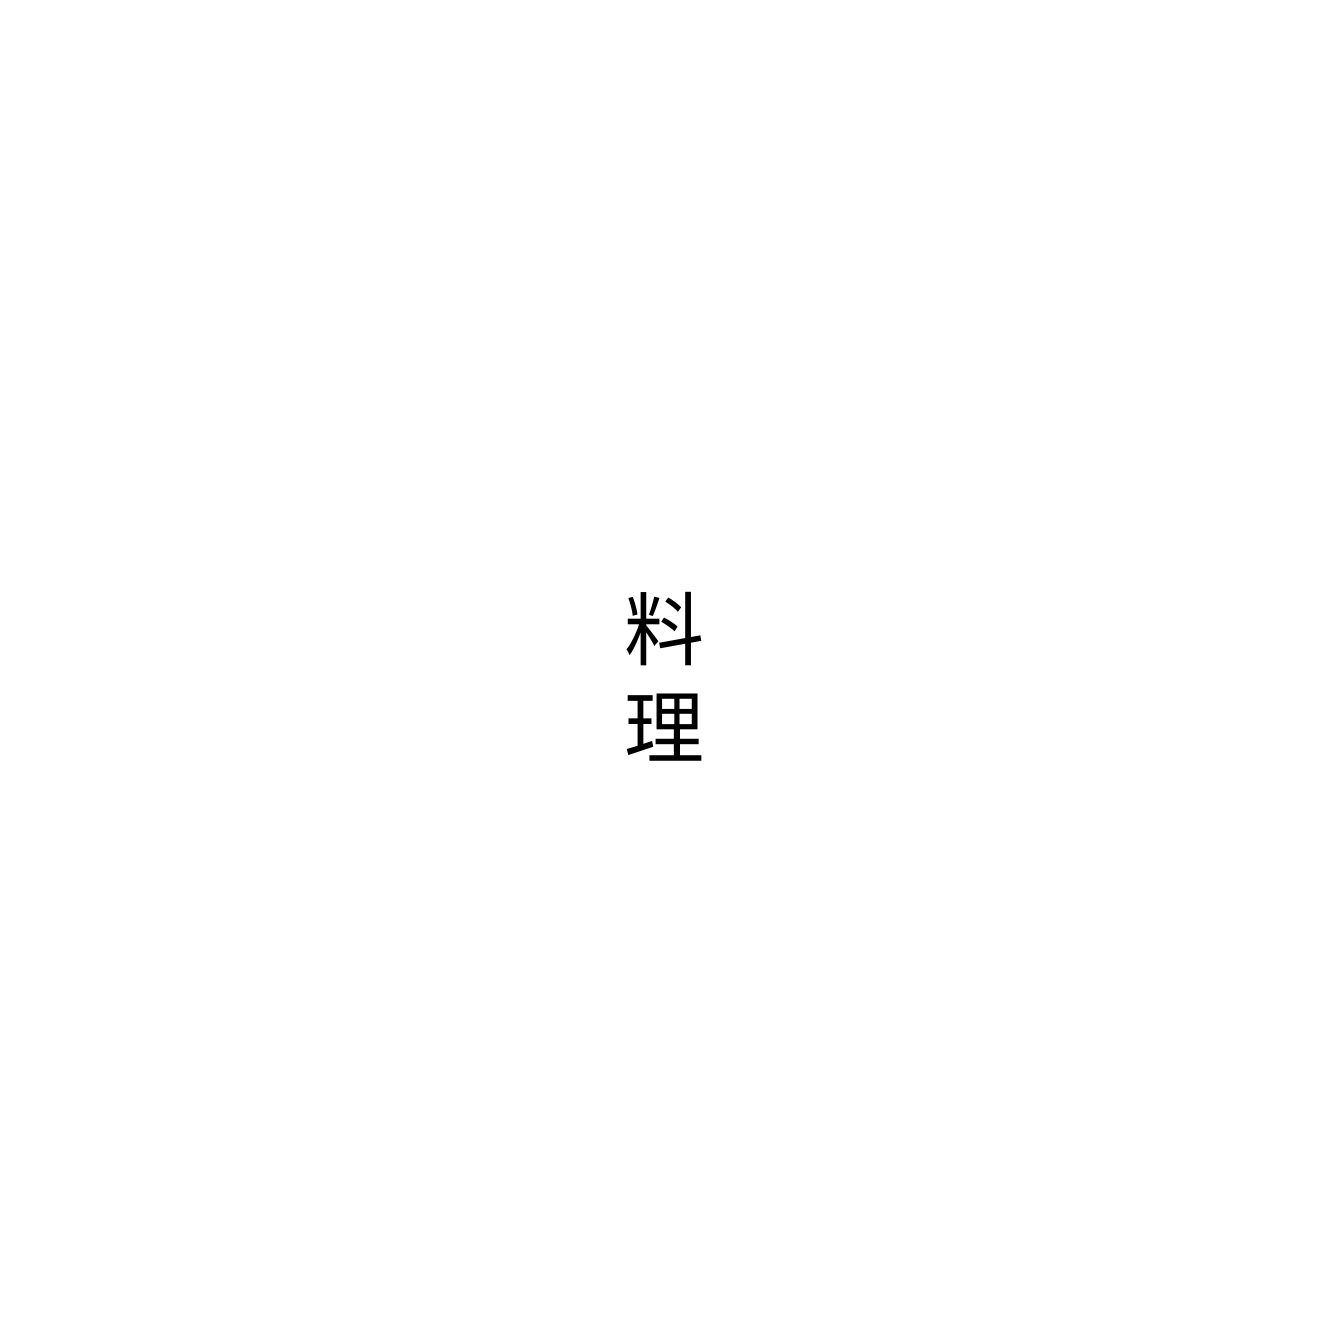
料理